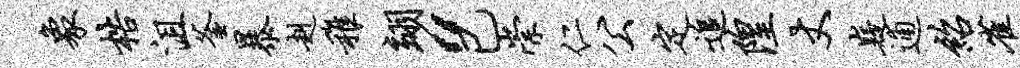
象梏沮釜暴赳稚翊“已崇仁公定追隍丈嶷逋绍雀